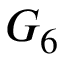
G _ { 6 }